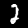
Label: 2